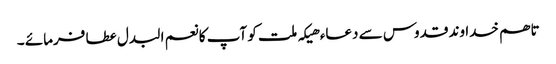
تاھم خدا وند قدوس سے دعاء ھیکہ ملت کو آپ کا نعم البدل عطا فرمائے ۔